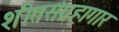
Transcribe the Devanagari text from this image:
शीतसंग्रहागार